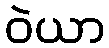
ဝဲယာ